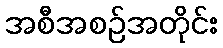
အစီအစဉ်အတိုင်း